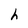
Character: h